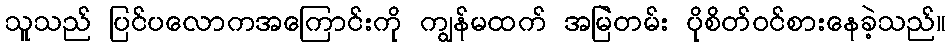
သူသည် ပြင်ပလောကအကြောင်းကို ကျွန်မထက် အမြဲတမ်း ပိုစိတ်ဝင်စားနေခဲ့သည်။